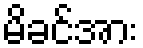
မိခင်အား